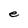
Character: e